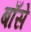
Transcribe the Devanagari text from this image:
बाँसे